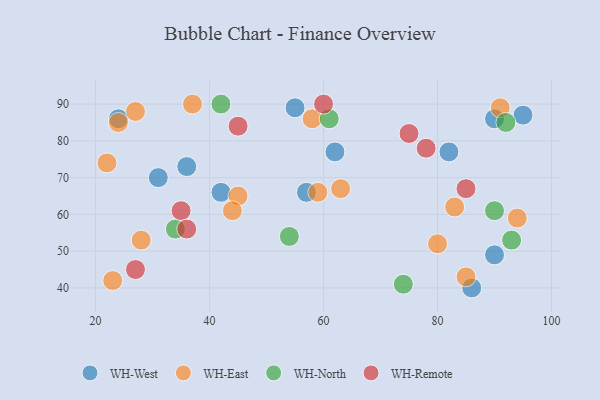
{"axis": {"x": "GDP", "y": "Life Expectancy"}, "legend": ["WH-East", "WH-North", "WH-Remote", "WH-West"], "data": [{"x": "24", "y": 86, "type": "WH-West"}, {"x": "86", "y": 40, "type": "WH-West"}, {"x": "82", "y": 77, "type": "WH-West"}, {"x": "31", "y": 70, "type": "WH-West"}, {"x": "90", "y": 86, "type": "WH-West"}, {"x": "90", "y": 49, "type": "WH-West"}, {"x": "57", "y": 66, "type": "WH-West"}, {"x": "42", "y": 66, "type": "WH-West"}, {"x": "62", "y": 77, "type": "WH-West"}, {"x": "36", "y": 73, "type": "WH-West"}, {"x": "95", "y": 87, "type": "WH-West"}, {"x": "55", "y": 89, "type": "WH-West"}, {"x": "63", "y": 67, "type": "WH-East"}, {"x": "58", "y": 86, "type": "WH-East"}, {"x": "22", "y": 74, "type": "WH-East"}, {"x": "37", "y": 90, "type": "WH-East"}, {"x": "80", "y": 52, "type": "WH-East"}, {"x": "28", "y": 53, "type": "WH-East"}, {"x": "27", "y": 88, "type": "WH-East"}, {"x": "23", "y": 42, "type": "WH-East"}, {"x": "45", "y": 65, "type": "WH-East"}, {"x": "59", "y": 66, "type": "WH-East"}, {"x": "94", "y": 59, "type": "WH-East"}, {"x": "91", "y": 89, "type": "WH-East"}, {"x": "85", "y": 43, "type": "WH-East"}, {"x": "24", "y": 85, "type": "WH-East"}, {"x": "44", "y": 61, "type": "WH-East"}, {"x": "83", "y": 62, "type": "WH-East"}, {"x": "61", "y": 86, "type": "WH-North"}, {"x": "93", "y": 53, "type": "WH-North"}, {"x": "54", "y": 54, "type": "WH-North"}, {"x": "90", "y": 61, "type": "WH-North"}, {"x": "92", "y": 85, "type": "WH-North"}, {"x": "74", "y": 41, "type": "WH-North"}, {"x": "42", "y": 90, "type": "WH-North"}, {"x": "34", "y": 56, "type": "WH-North"}, {"x": "35", "y": 61, "type": "WH-Remote"}, {"x": "60", "y": 90, "type": "WH-Remote"}, {"x": "85", "y": 67, "type": "WH-Remote"}, {"x": "36", "y": 56, "type": "WH-Remote"}, {"x": "78", "y": 78, "type": "WH-Remote"}, {"x": "45", "y": 84, "type": "WH-Remote"}, {"x": "27", "y": 45, "type": "WH-Remote"}, {"x": "75", "y": 82, "type": "WH-Remote"}]}